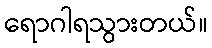
ရောဂါရသွားတယ်။